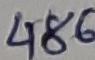
Text: 486